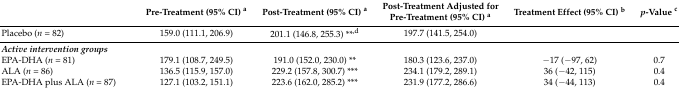
<table><thead><tr><td></td><td><b>Pre-Treatment (95% CI) <sup>a</sup></b></td><td><b>Post-Treatment (95% CI) <sup>a</sup></b></td><td><b>Post-Treatment Adjusted for Pre-Treatment (95% CI) <sup>a</sup></b></td><td><b>Treatment Effect (95% CI) <sup>b</sup></b></td><td><b><i>p</i>-Value <sup>c</sup></b></td></tr></thead><tbody><tr><td>Placebo (<i>n</i> = 82)</td><td>159.0 (111.1, 206.9)</td><td>201.1 (146.8, 255.3) **<sup>,d</sup></td><td>197.7 (141.5, 254.0)</td><td></td><td></td></tr><tr><td><b><i>Active intervention groups</i></b></td><td></td><td></td><td></td><td></td><td></td></tr><tr><td>EPA-DHA (<i>n</i> = 81)</td><td>179.1 (108.7, 249.5)</td><td>191.0 (152.0, 230.0) **</td><td>180.3 (123.6, 237.0)</td><td>−17 (−97, 62)</td><td>0.7</td></tr><tr><td>ALA (<i>n</i> = 86)</td><td>136.5 (115.9, 157.0)</td><td>229.2 (157.8, 300.7) ***</td><td>234.1 (179.2, 289.1)</td><td>36 (−42, 115)</td><td>0.4</td></tr><tr><td>EPA-DHA plus ALA (<i>n</i> = 87)</td><td>127.1 (103.2, 151.1)</td><td>223.6 (162.0, 285.2) ***</td><td>231.9 (177.2, 286.6)</td><td>34 (−44, 113)</td><td>0.4</td></tr></tbody></table>